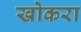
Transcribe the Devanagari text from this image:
खोकरा